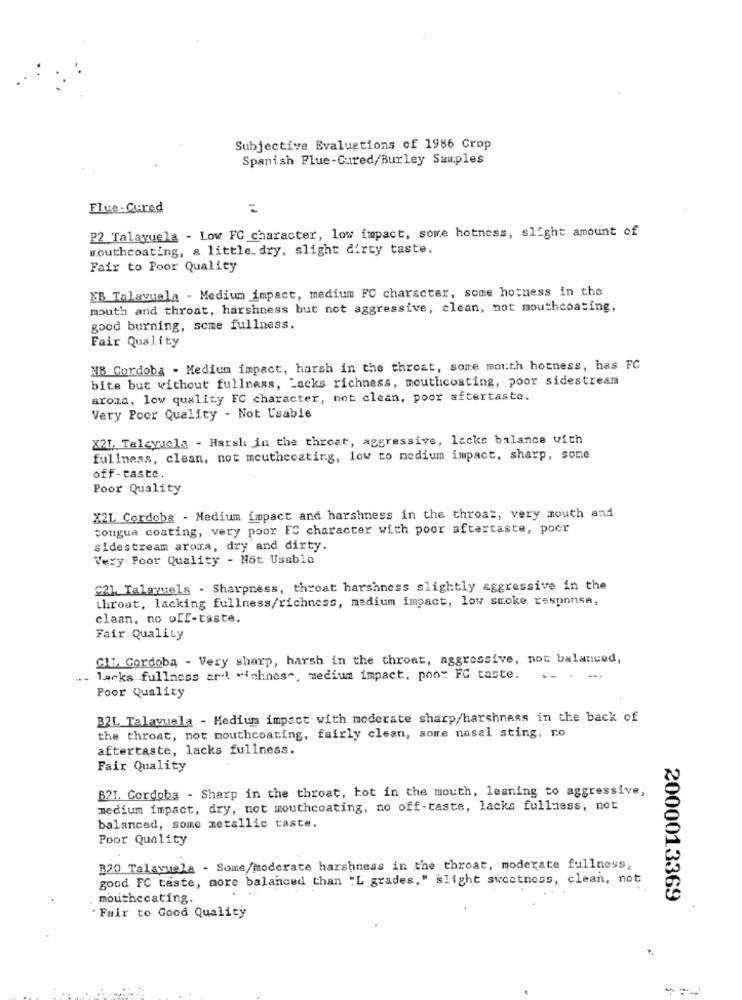
Subjective Evaluations of 1986 Crop
Spanish Flue-Cured/Burley Samples
Flue-Cured
=
P2 Talayuela - Low FC character, low impact, some hotness, slight amount of
mouthcoating, & little dry, slight dirty taste.
Fair to Poor Quality
EB Talayuela - Medium impact, medium FC character, some hotness in the
mouth and throat, harshness but not aggressive, clean, not mouthcoating,
good burning, some fullness.
Fair Quality
NB Cordoba - Medium impact, harsh in the throat, some mouth hotness, has FC
bite but without fullness, Lacks richness, mouthcosting, poor sidestream
aroma, low quality FC character, not clean, poor aftertaste.
Very Poor Quality - Not Usable
X21. Talayuela - Harsh in the throat, aggressive, lacks balance with
fullness, clean, not mouthcoating, low to medium impact, sharp, sone
off-taste.
Poor Quality
X2L Cordoba - Medium impact and harshness in the throat, very mouth and
congua coating, very poor FC character with poor aftertaste, poor
sidestream aroma, dry and dirty.
Very Poor Quality - Not Usable
C21. Talayuela - Sharpness, throat harshness slightly aggressive in the
throat, lacking fullness/richness, medium impact, low smoke response,
claan, no off-taste.
Fair Quality
Gli. Cordoba - Very sharp, harsh in the throat, aggressive, not balanced,
lacks fullness ard "ichnos", medium impact, poo: FC taste.
...
Poor Quality
B2L Talayuela - Medium impact with moderate sharp/harshness in the back of
the throat, not mouthcoating, fairly clean, some nasal sting, ro
aftertaste, lacks fullness.
Fair Quality
B21. Cordoba - Sharp in the throat, hot in the mouth, leaning to aggressive,
medium impact, dry, not mouthcoating, no off-taste, lacks fullness, not
balanced, some metallic taste.
Poor Quality
B20 Talayuela - Some/moderate harshness in the throat, moderate fullness,
good FC taste, more balanced than "L grades," slight sweetness, clean, not
mouthcoating.
2000013369
. Fair to Good Quality